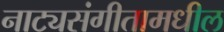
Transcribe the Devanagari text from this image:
नाट्यसंगीतामधील